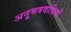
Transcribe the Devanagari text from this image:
अनूभववादियों